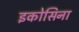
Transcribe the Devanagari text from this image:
इकोसिना